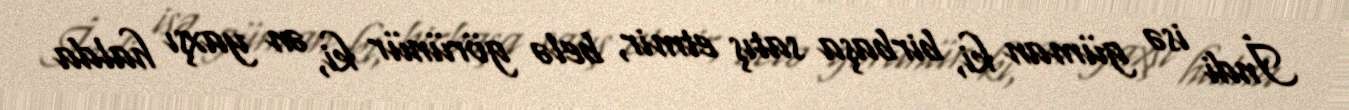
İndi isə güman ki, birbaşa satış etmir, belə görünür ki, ən yaxşı halda